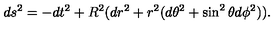
d s ^ { 2 } = - d t ^ { 2 } + R ^ { 2 } ( d r ^ { 2 } + r ^ { 2 } ( d \theta ^ { 2 } + \sin ^ { 2 } \theta d \phi ^ { 2 } ) ) .